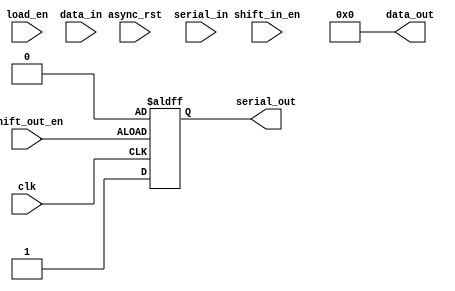
`timescale 1ns / 1ps
//////////////////////////////////////////////////////////////////////////////////
// Company: 			Stevens Institute of Technology
// 
// Design Name: 
// Module Name:    	Shifter 
// Project Name:		SensorI2CSlave
// Target Devices: 
// Tool versions: 
// Description: 
//
// Dependencies: 
//
// Revision: 
// Revision 0.01 - File Created
// Additional Comments: 
//
//////////////////////////////////////////////////////////////////////////////////
`define	ZERO	8'h00

module Shifter(
    input clk,
    input async_rst,
    input load_en,
    input shift_in_en,
	 input shift_out_en,
    input serial_in,
    input [7:0] data_in,
    output reg serial_out,
    output [7:0] data_out
    );

reg [7:0]data;

initial
begin
serial_out <= 1'b1;
data <= 8'h00;
end

always@(posedge async_rst)
begin
	if(async_rst != 0)
	begin
		// Clear the value stored in Data on the Reset
		data = `ZERO;
	end
	else 
	begin
		// Preserve the data as it is
		data = data;
	end
end

always@(posedge load_en)
begin
	if(load_en != 0)
	begin
		// Load the value into the Data
		data = data_in;
	end

	else 
	begin
		// Preserve the data as it is
		data = data;
	end
end

always@(posedge clk)
begin
	if(shift_in_en != 0)
	begin
		// Shift the data to the left and store the incoming bit into LSB of data
		data = {data[6:0], serial_in};
	end
	
	else 
	begin
		// Preserve the data as it is
		data = data;
	end
end

always@(negedge clk or posedge shift_out_en)
begin
	if(shift_out_en != 0)
	begin
		// Shift the MSB to the Serial Out
		serial_out = data[7];
		// Shift the data to the left and LSB will be 0
		data = {data[6:0], 1'b0};
	end
	
	else 
	begin
		// Preserve the data as it is
		data = data;
		
		// Make the SDA as High
		serial_out = 1'b1;
	end
end

// Assign the data to the Data Out
assign data_out = data;

endmodule